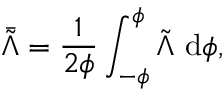
\bar { \tilde { \Lambda } } = \frac { 1 } { 2 \phi } \int _ { - \phi } ^ { \phi } \tilde { \Lambda } \ \mathrm { d } \phi ,